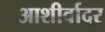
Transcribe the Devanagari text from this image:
आशीर्वादर